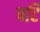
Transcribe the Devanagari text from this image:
षटि